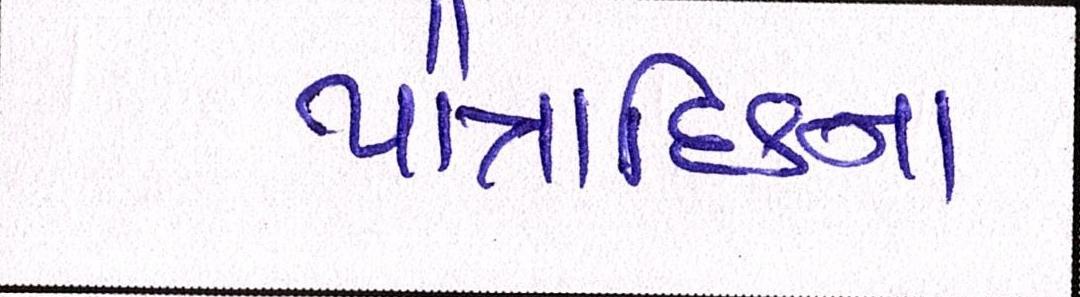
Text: પૌત્રાદિકના